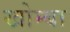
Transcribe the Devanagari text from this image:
खोम्बा